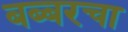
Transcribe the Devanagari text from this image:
बब्बरचा